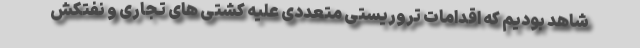
شاهد بودیم که اقدامات تروریستی متعددی علیه کشتی های تجاری و نفتکش